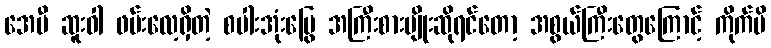
အေမီ ဆူးဝါ ဖမ်းလေ့ရှိတဲ့ စပါးအုံးမြွေ အကြီးစားမျိုးဆိုရင်တော့ အစွယ်ကြီးတွေကြောင့် ကိုက်မိ